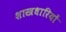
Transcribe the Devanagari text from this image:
शास्त्रधारियों